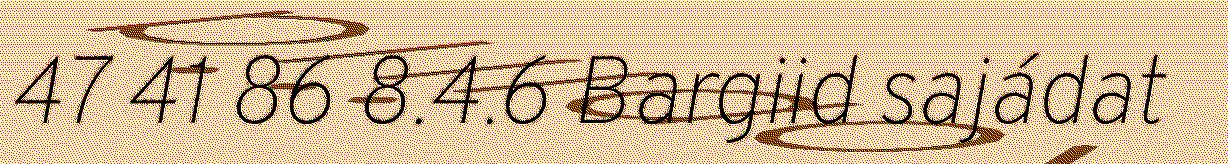
47 41 86 8.4.6 Bargiid sajádat